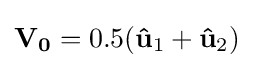
\mathbf {V_{0}} =0.5(\mathbf {\hat {u}} _{1}+\mathbf {\hat {u}} _{2})